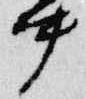
中